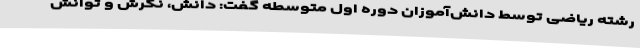
رشته ریاضی توسط دانش‌آموزان دوره اول متوسطه گفت: دانش، نگرش و توانش